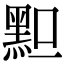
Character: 𪐪